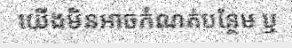
យើងមិនអាចកំណត់បន្ថែម ឬ